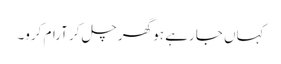
کہاں جا رہے ہو گھر چل کر آرام کرو۔